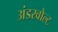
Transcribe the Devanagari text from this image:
अंडरवोल्ट